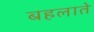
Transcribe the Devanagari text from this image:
बहलाते